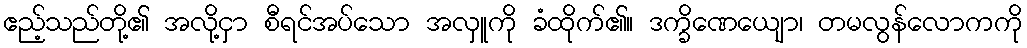
ဧည့်သည်တို့၏ အလို့ငှာ စီရင်အပ်သော အလှူကို ခံထိုက်၏။ ဒက္ခိဏေယျော၊ တမလွန်လောကကို